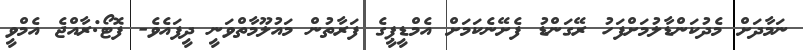
ނަމާދަށް މެދުކަންޑާލުމަށްފަހު ރޭގަންޑު ފެށޭނެކަމަށް އެމްޑީޕީގެ ފަރާތުން މަައުލޫމާތްވަނީ ދީފައެވެ- ފޮޓޯ:ރާއްޖެ އެމްވީ